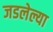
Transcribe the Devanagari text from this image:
जडलेल्या